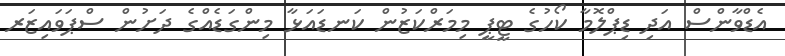
އެޑްވާންސް އަދި ޑިޕްލޮމާ ކޯހުގެ ޓީޕީ މިމަރްކަޒުން ކަނޑައަޅާ މިންގަޑެއްގެ ދަށުން ސްޕަވައިޒަރ